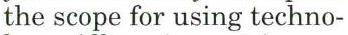
the scope for using techno-